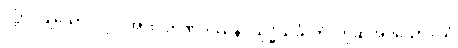
လုံ့လပြုသောပုဂ္ဂိုလ်အား။ ဉာဏဒဿနဝိသုဒ္ဓိသင်္ခါတံ၊ ဟုဆိုအပ်သော။ ယံ